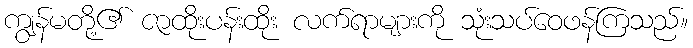
ကျွန်မတို့၏ ဇာထိုးပန်းထိုး လက်ရာများကို သုံးသပ်ဝေဖန်ကြသည်။